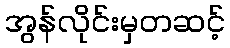
အွန်လိုင်းမှတဆင့်